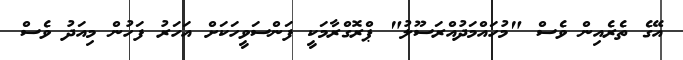
އޭގެ ތެރެއިން ވެސް "މުހައްމަދުއްރަސޫލު" ޕްރޮގްރާމަކީ ފަންސަވީހަކަށް އަހަރު ފަހުން މިއަދު ވެސް